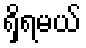
ရှိရမယ်